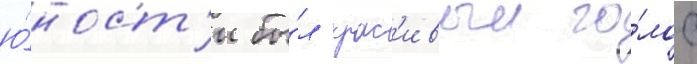
ю́ност'и бы́л крас'ивыи го́лос